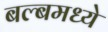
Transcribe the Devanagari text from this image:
बल्बमध्ये